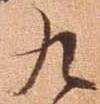
九